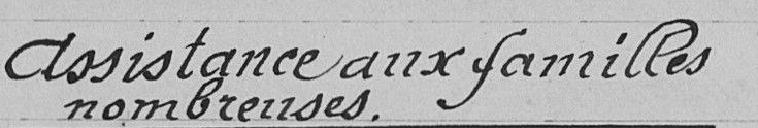
Assistance aux familles nombreuses